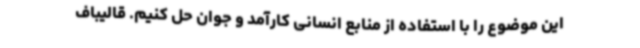
این موضوع را با استفاده از منابع انسانی کارآمد و جوان حل کنیم. قالیباف